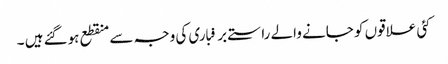
کئی علاقوں کو جانے والے راستے برفباری کی وجہ سے منقطع ہوگئے ہیں ۔